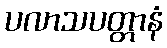
ပလာသပတ္တာနံ